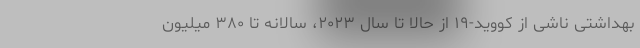
بهداشتی ناشی از کووید-۱۹ از حالا تا سال ۲۰۲۳، سالانه تا ۳۸۰ میلیون